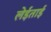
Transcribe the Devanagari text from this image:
लेईताई